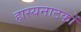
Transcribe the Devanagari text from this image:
हास्यनाटकों